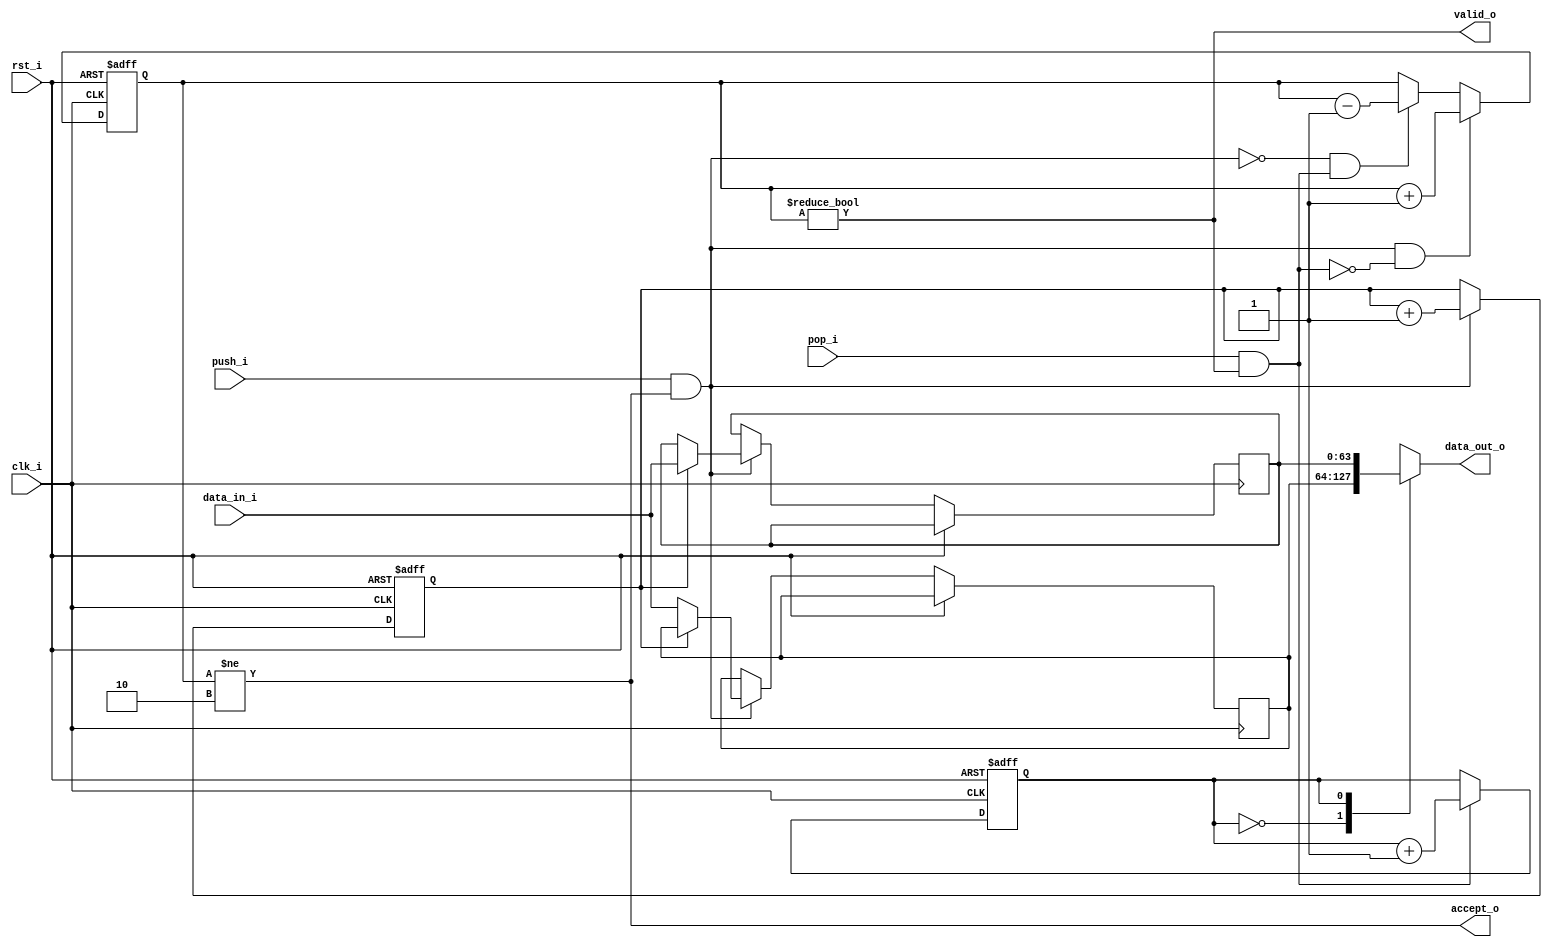
module mem_fifo_wb
#(
    parameter WIDTH = 64
)
(
    // Inputs
     input               clk_i
    ,input               rst_i
    ,input  [WIDTH-1:0]  data_in_i
    ,input               push_i
    ,input               pop_i

    // Outputs
    ,output [WIDTH-1:0]  data_out_o
    ,output              accept_o
    ,output              valid_o
);

//-----------------------------------------------------------------
// Registers
//-----------------------------------------------------------------
reg [WIDTH-1:0]  ram_q[1:0];
reg [0:0]        rd_ptr_q;
reg [0:0]        wr_ptr_q;
reg [1:0]        count_q;

//-----------------------------------------------------------------
// Sequential
//-----------------------------------------------------------------
always @ (posedge clk_i or posedge rst_i)
begin
    if (rst_i == 1'b1)
    begin
        count_q   <= 2'b0;
        rd_ptr_q  <= 1'b0;
        wr_ptr_q  <= 1'b0;
    end
    else
    begin
        // Push
        if (push_i & accept_o)
        begin
            ram_q[wr_ptr_q] <= data_in_i;
            wr_ptr_q        <= wr_ptr_q + 1'd1;
        end

        // Pop
        if (pop_i & valid_o)
        begin
            rd_ptr_q      <= rd_ptr_q + 1'd1;
        end

        // Count up
        if ((push_i & accept_o) & ~(pop_i & valid_o))
        begin
            count_q <= count_q + 2'd1;
        end
        // Count down
        else if (~(push_i & accept_o) & (pop_i & valid_o))
        begin
            count_q <= count_q - 2'd1;
        end
    end
end

//-------------------------------------------------------------------
// Combinatorial
//-------------------------------------------------------------------
assign valid_o       = (count_q != 2'd0);
assign accept_o      = (count_q != 2'd2);
assign data_out_o    = ram_q[rd_ptr_q];

endmodule